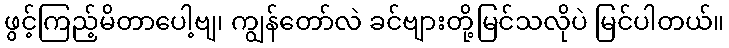
ဖွင့်ကြည့်မိတာပေါ့ဗျ၊ ကျွန်တော်လဲ ခင်ဗျားတို့မြင်သလိုပဲ မြင်ပါတယ်။